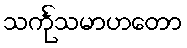
သင်္ကုသမာဟတော